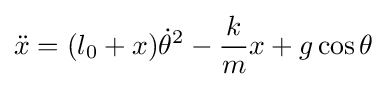
{\ddot {x}}=(l_{0}+x){\dot {\theta }}^{2}-{\frac {k}{m}}x+g\cos \theta